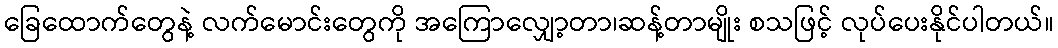
ခြေထောက်တွေနဲ့ လက်မောင်းတွေကို အကြောလျှော့တာ၊ဆန့်တာမျိုး စသဖြင့် လုပ်ပေးနိုင်ပါတယ်။